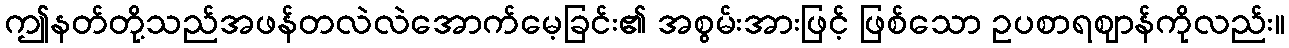
ဤနတ်တို့သည်အဖန်တလဲလဲအောက်မေ့ခြင်း၏ အစွမ်းအားဖြင့် ဖြစ်သော ဥပစာရဈာန်ကိုလည်း။